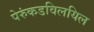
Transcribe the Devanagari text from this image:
पेरुंकडविलयिल